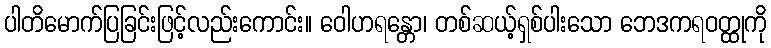
ပါတိမောက်ပြခြင်းဖြင့်လည်းကောင်း။ ဝေါဟရန္တော၊ တစ်ဆယ့်ရှစ်ပါးသော ဘေဒကရဝတ္ထုကို